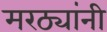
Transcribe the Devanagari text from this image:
मरठ्यांनी